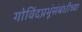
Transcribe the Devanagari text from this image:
गोविंदप्रभूंसंबंधीच्या